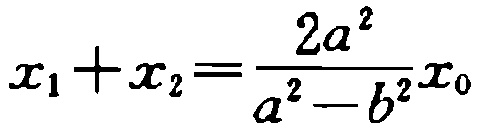
\(x_{1}+x_{2}=\frac{2a^{2}}{a^{2}-b^{2}}x_{0}\)